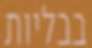
בבליות